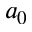
a _ { 0 }